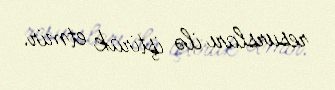
resursları ilə iştirak etmir.